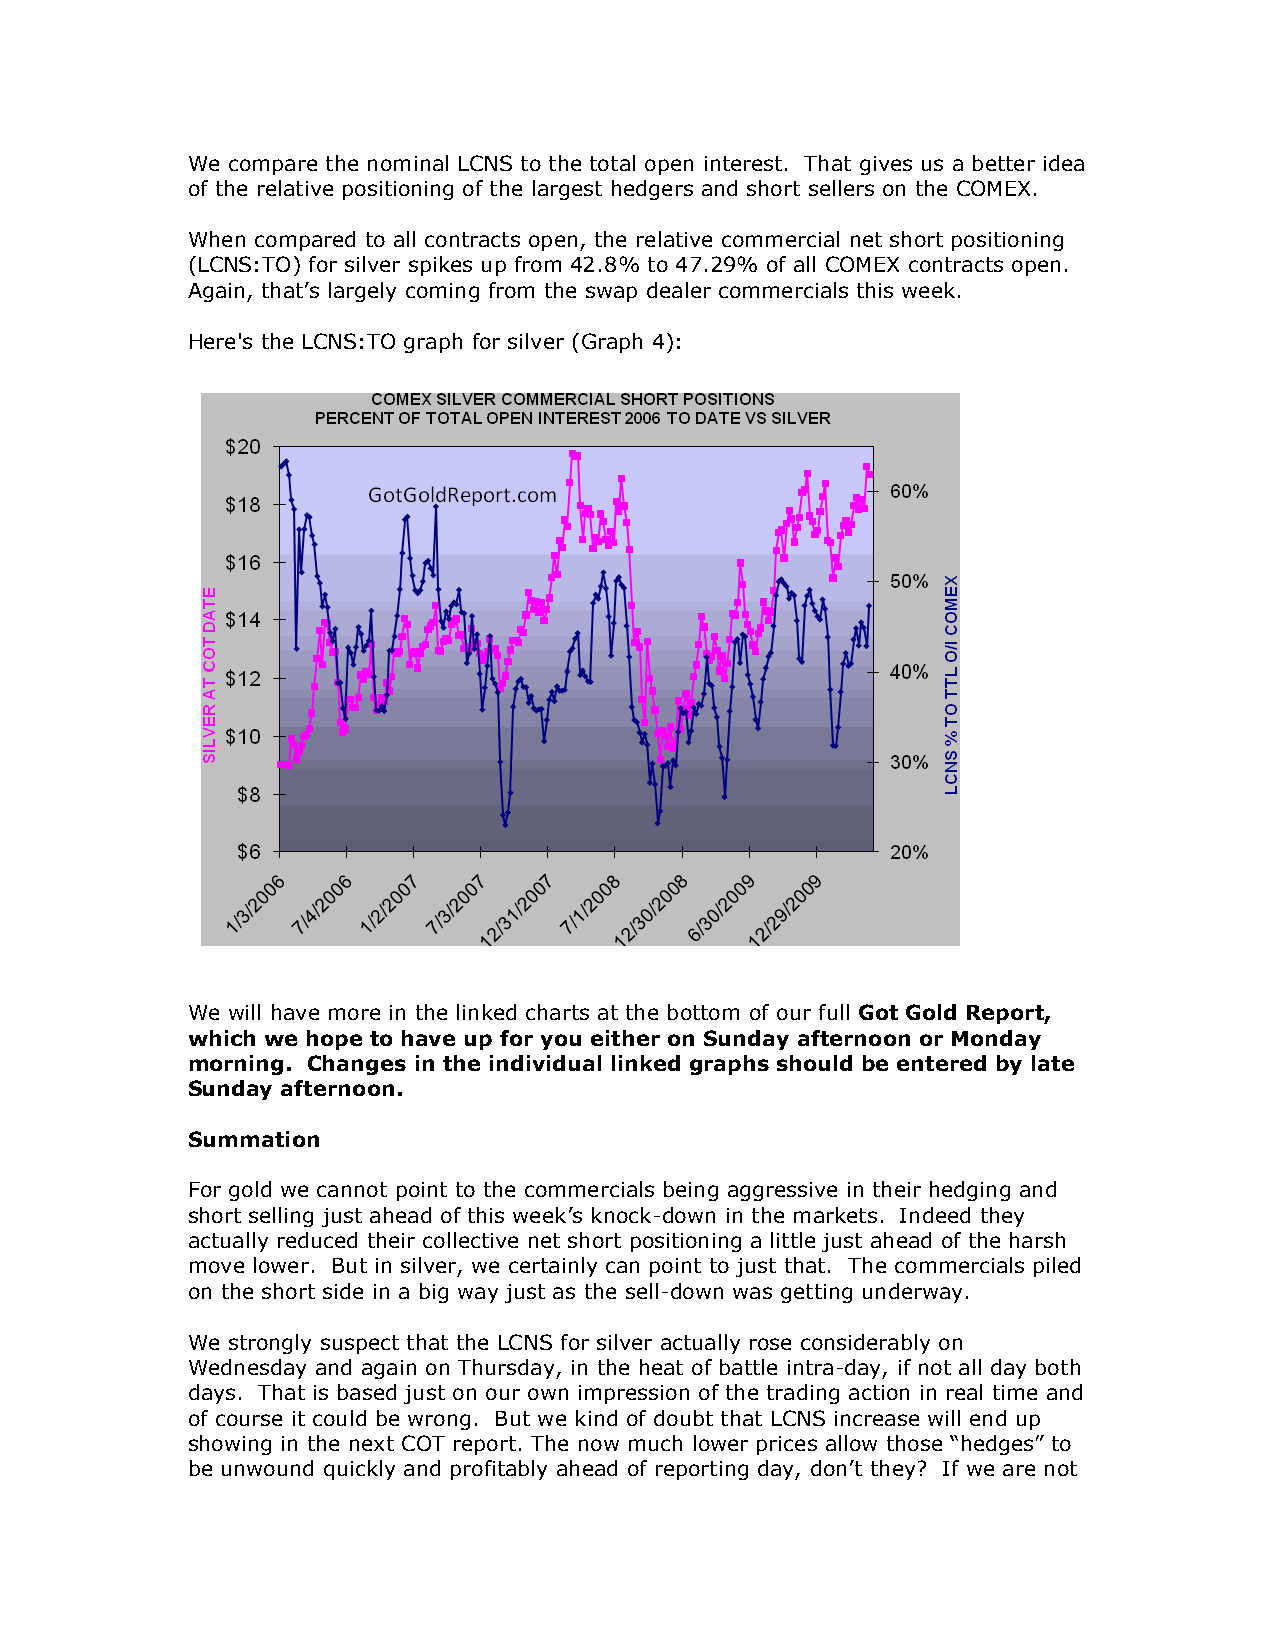
We compare the nominal LCNS to the total open interest. That gives us a better idea
 of the relative positioning of the largest hedgers and short sellers on the COMEX.
 When compared to all contracts open, the relative commercial net short positioning
 (LCNS:TO) for silver spikes up from 42.8% to 47.29% of all COMEX contracts open.
 Again, that’s largely coming from the swap dealer commercials this week.
 Here's the LCNS:TO graph for silver (Graph 4):
 We will have more in the linked charts at the bottom of our full Got Gold Report,
 which we hope to have up for you either on Sunday afternoon or Monday
 morning. Changes in the individual linked graphs should be entered by late
 Sunday afternoon.
 Summation
 For gold we cannot point to the commercials being aggressive in their hedging and
 short selling just ahead of this week’s knock-down in the markets. Indeed they
 actually reduced their collective net short positioning a little just ahead of the harsh
 move lower. But in silver, we certainly can point to just that. The commercials piled
 on the short side in a big way just as the sell-down was getting underway.
 We strongly suspect that the LCNS for silver actually rose considerably on
 Wednesday and again on Thursday, in the heat of battle intra-day, if not all day both
 days. That is based just on our own impression of the trading action in real time and
 of course it could be wrong. But we kind of doubt that LCNS increase will end up
 showing in the next COT report. The now much lower prices allow those “hedges” to
 be unwound quickly and profitably ahead of reporting day, don’t they? If we are not